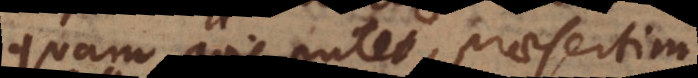
quam quis putet, praesertim